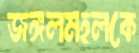
জঙ্গলমহলকে